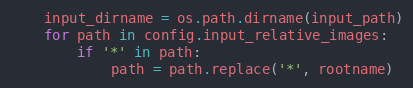
Language: Python
    input_dirname = os.path.dirname(input_path)
    for path in config.input_relative_images:
        if '*' in path:
            path = path.replace('*', rootname)